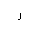
Letter: _ra